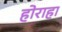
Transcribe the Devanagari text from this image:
होराहा